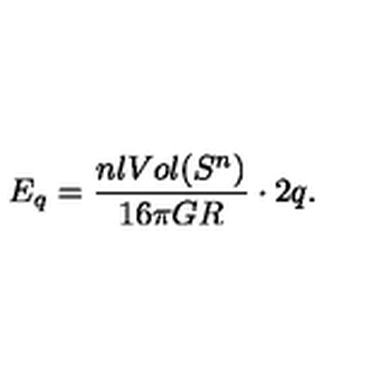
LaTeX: E _ { q } = \frac { n l V o l ( S ^ { n } ) } { 1 6 \pi G R } \cdot 2 q .